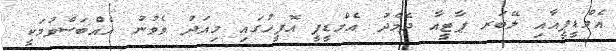
އެމްޑީޕީއާއި ލޭބަރ ޕާޓީއާ ދެމެދު އެމްޑީޕީ އޮފީހުގައި މިއަދު ވެވުނު އެއްބަސްވުމަކީ